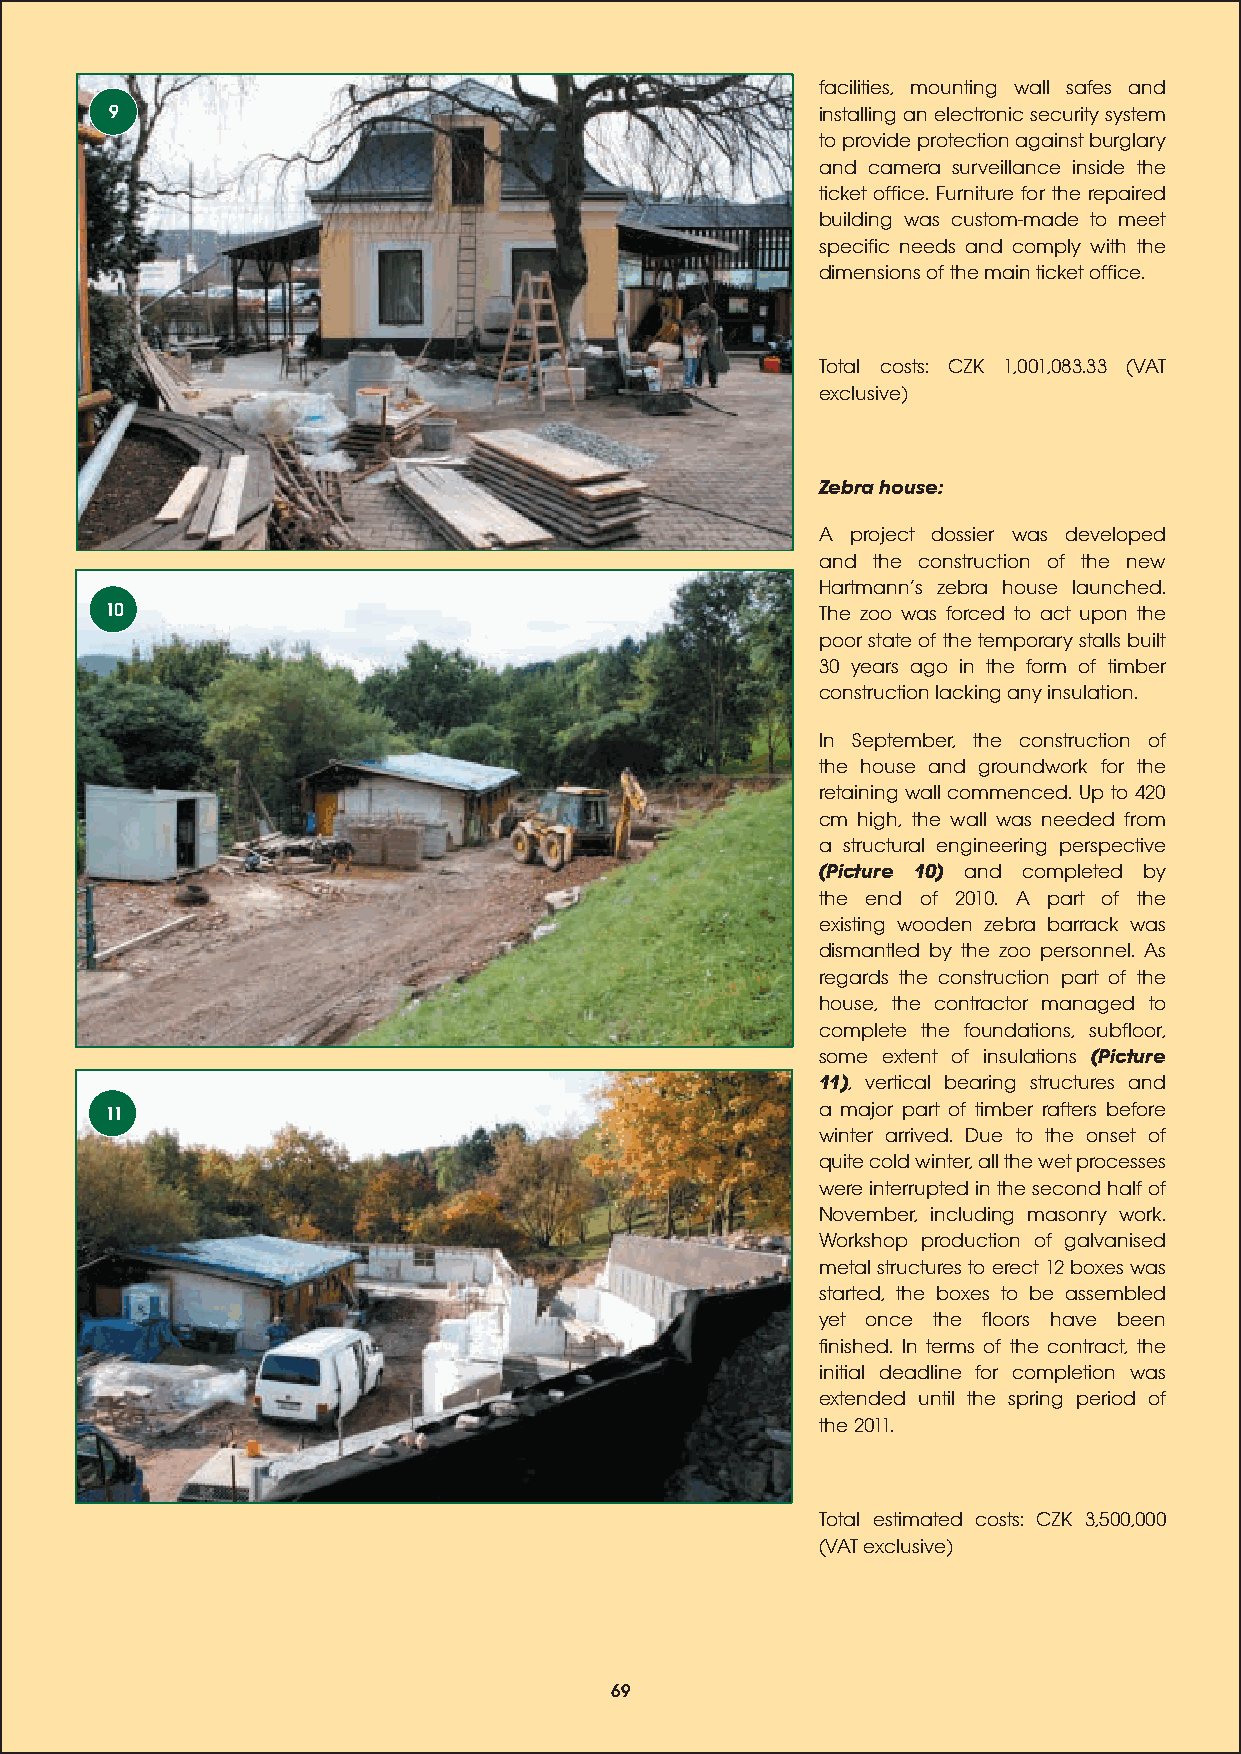
facilities, mounting wall safes and
 9                                              installing an electronic security system
 to provide protection against burglary
 and camera surveillance inside the
 ticket office. Furniture for the repaired
 building was custom-made to meet
 specific needs and comply with the
 dimensions of the main ticket office.
 Total costs: CZK 1,001,083.33 (VAT
 exclusive)
 Zebra house:
 A project dossier was developed
 and the construction of the new
 Hartmanns zebra house launched.
 10                                             The zoo was forced to act upon the
 poor state of the temporary stalls built
 30 years ago in the form of timber
 construction lacking any insulation.
 In September, the construction of
 the house and groundwork for the
 retaining wall commenced. Up to 420
 cm high, the wall was needed from
 a structural engineering perspective
 (Picture 10) and completed by
 the end of 2010. A part of the
 existing wooden zebra barrack was
 dismantled by the zoo personnel. As
 regards the construction part of the
 house, the contractor managed to
 complete the foundations, subfloor,
 some extent of insulations (Picture
 11), vertical bearing structures and
 11                                             a major part of timber rafters before
 winter arrived. Due to the onset of
 quite cold winter, all the wet processes
 were interrupted in the second half of
 November, including masonry work.
 Workshop production of galvanised
 metal structures to erect 12 boxes was
 started, the boxes to be assembled
 yet once the floors have been
 finished. In terms of the contract, the
 initial deadline for completion was
 extended until the spring period of
 the 2011.
 Total estimated costs: CZK 3,500,000
 (VAT exclusive)
 69